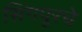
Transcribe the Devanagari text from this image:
सिंगपूरचे